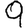
Digit: 9